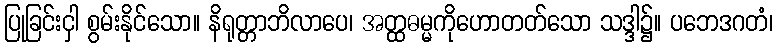
ပြုခြင်းငှါ စွမ်းနိုင်သော။ နိရုတ္တာဘိလာပေ၊ အတ္ထဓမ္မကိုဟောတတ်သော သဒ္ဒါ၌။ ပဘေဒဂတံ၊